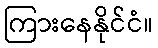
ကြားနေနိုင်ငံ။